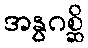
အနွဂစ္ဆိ